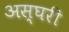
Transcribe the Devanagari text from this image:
अस्घरी